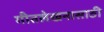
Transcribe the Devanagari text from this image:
गीतलेखनासाठी